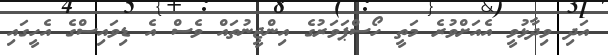
އަދި ވިދާޅުވީ އެއަށްވުރެ މަތީ ހޯސްޕަވަރުގެ އިންޖީނުތައް ވެސް އެ ޑިވައިސްގެ އެހީގައި